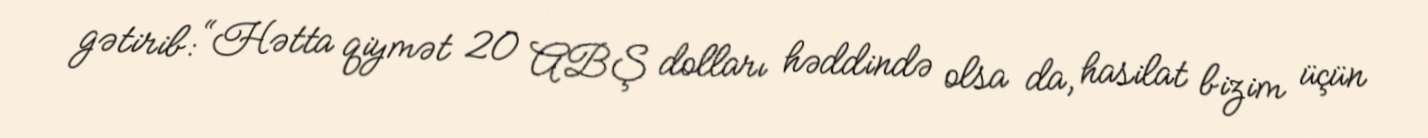
gətirib: “Hətta qiymət 20 ABŞ dolları həddində olsa da, hasilat bizim üçün